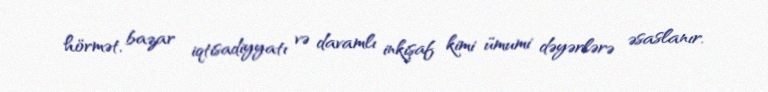
hörmət, bazar iqtisadiyyatı və davamlı inkişaf kimi ümumi dəyərlərə əsaslanır.